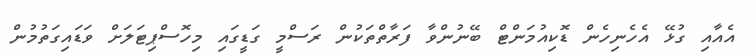
އެއާއި ގުޅޭ އެހެނިހެން ޑޮކިއުމަންޓް ބޭނުންވާ ފަރާތްތަކުން ރަސްމީ ގަޑީގައި މިހޮސްޕިޓަލަށް ވަޑައިގަތުމުން